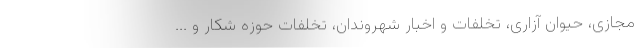
مجازی، حیوان آزاری، تخلفات و اخبار شهروندان، تخلفات حوزه شکار و ...